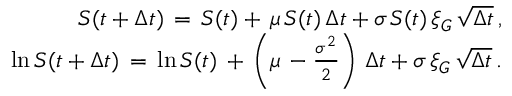
\begin{array} { r l r } & { } & { S ( t + \Delta t ) \, = \, S ( t ) + \, \mu \, S ( t ) \, \Delta t + \sigma \, S ( t ) \, \xi _ { G } \, \sqrt { \Delta t } \, , } \\ & { } & { \ln S ( t + \Delta t ) \, = \, \ln S ( t ) \, + \, \left( \mu \, - \frac { \sigma ^ { 2 } } { 2 } \right) \, \Delta t + \sigma \, \xi _ { G } \, \sqrt { \Delta t } \, . } \end{array}